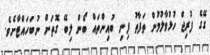
ގޭގެ ފުރިޖް ހުޅުވާލުމުން ތަފާތު ފިނި ބުއިންތައް ބޯން ލިބޭ ގޮތަށް ނުބަހައްޓާށެވެ.